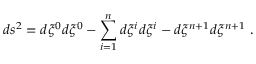
d s ^ { 2 } = d \xi ^ { 0 } d \xi ^ { 0 } - \sum _ { i = 1 } ^ { n } d \xi ^ { i } d \xi ^ { i } - d \xi ^ { n + 1 } d \xi ^ { n + 1 } ~ .